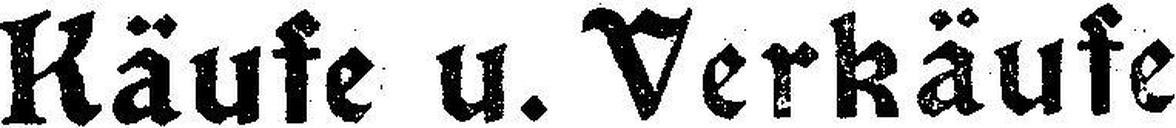
Käufe u. Verkäufe